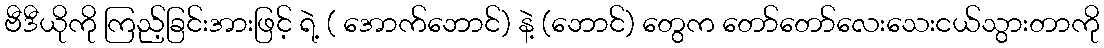
ဗီဒီယိုကို ကြည့်ခြင်းအားဖြင့် ရဲ့ ( အောက်ဘောင်) နဲ့ (ဘောင်) တွေက တော်တော်လေးသေးငယ်သွားတာကို